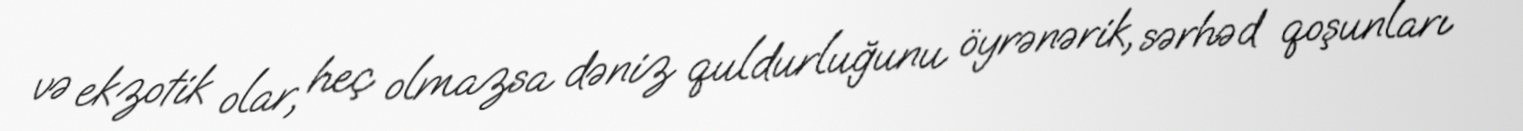
və ekzotik olar, heç olmazsa dəniz quldurluğunu öyrənərik, sərhəd qoşunları